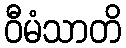
ဝီမံသာတိ